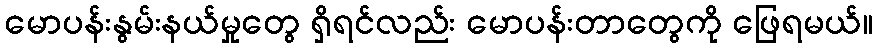
မောပန်းနွမ်းနယ်မှုတွေ ရှိရင်လည်း မောပန်းတာတွေကို ဖြေရမယ်။